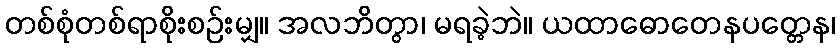
တစ်စုံတစ်ရာစိုးစဉ်းမျှ။ အလဘိတွာ၊ မရခဲ့ဘဲ။ ယထာဓောတေနပတ္တေန၊